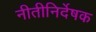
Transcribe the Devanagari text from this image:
नीतीनिर्देषक